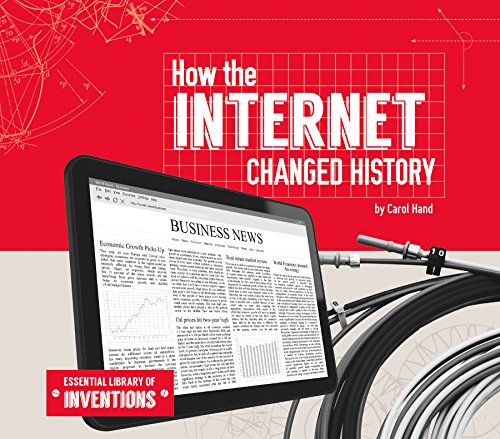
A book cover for How the Internet Changed History (Essential Library of Inventions); Carol Hand; Children's Books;